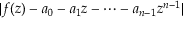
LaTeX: | f ( z ) - a _ { 0 } - a _ { 1 } z - \cdots - a _ { n - 1 } z ^ { n - 1 } |